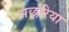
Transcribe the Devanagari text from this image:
अछरिया